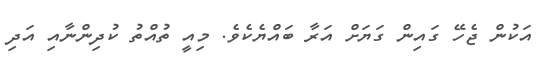
އަކުން ޖެހޭ ގައިން ގަޔަށް އަރާ ބައްޔެކެވެ. މިއީ ތުއްތު ކުދިންނާއި އަދި